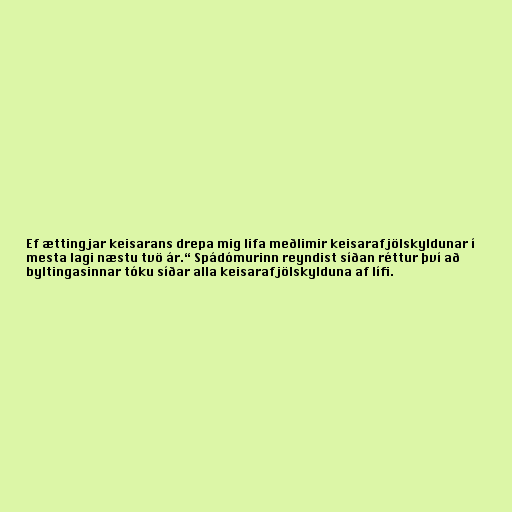
Ef ættingjar keisarans drepa mig lifa meðlimir keisarafjölskyldunar í
mesta lagi næstu tvö ár.“ Spádómurinn reyndist síðan réttur því að
byltingasinnar tóku síðar alla keisarafjölskylduna af lífi.